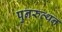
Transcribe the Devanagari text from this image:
पुनरुत्थन